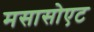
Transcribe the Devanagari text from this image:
मसासोएट